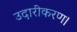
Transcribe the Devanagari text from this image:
उदारीकरण।